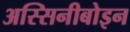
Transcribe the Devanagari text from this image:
अस्सिनीबोइन